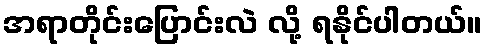
အရာတိုင်းပြောင်းလဲ လို့ ရနိုင်ပါတယ်။